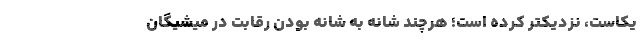
یکاست، نزدیکتر کرده است؛ هرچند شانه به شانه بودن رقابت در میشیگان